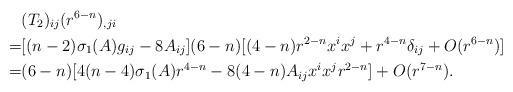
LaTeX: \begin{align*} & (T_2)_{ij}(r^{6-n})_{,ji} \\ =& [(n-2)\sigma_1(A)g_{ij}-8A_{ij}](6-n)[(4-n)r^{2-n}x^ix^j+r^{4-n}\delta_{ij}+O(r^{6-n})] \\ =& (6-n)[4(n-4)\sigma_1(A)r^{4-n}-8(4-n)A_{ij}x^ix^jr^{2-n}]+O(r^{7-n}).\end{align*}